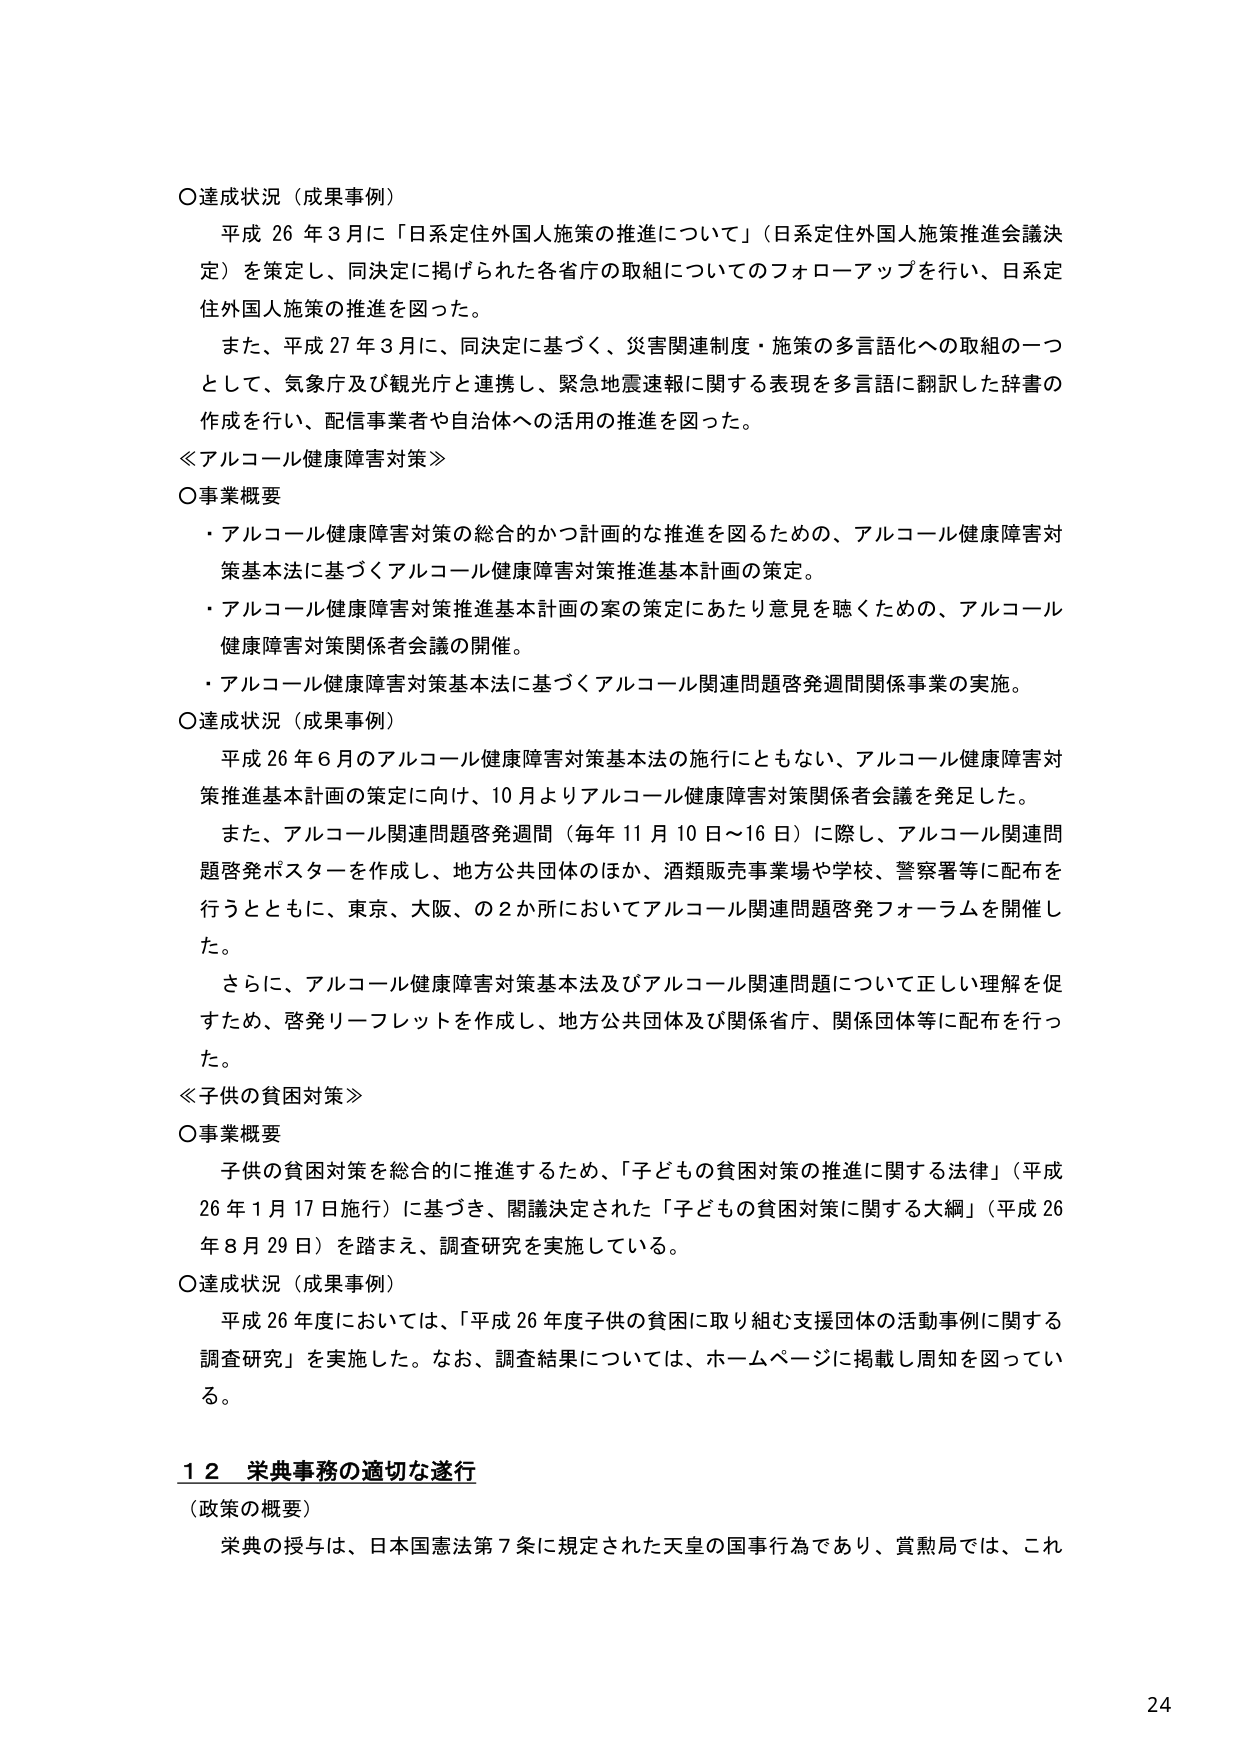
○達成状況（成果事例）
平成26年3月に「日系定住外国人施策の推進について」（日系定住外国人施策推進会議決定）を策定し、同決定に掲げられた各省庁の取組についてのフォローアップを行い、日系定住外国人施策の推進を図った。
また、平成27年3月に、同決定に基づく、災害関連制度・施策の多言語化への取組の一つとして、気象庁及び観光庁と連携し、緊急地震速報に関する表現を多言語に翻訳した辞書の作成を行い、配信事業者や自治体への活用の推進を図った。

≪アルコール健康障害対策≫
○事業概要
・アルコール健康障害対策の総合的かつ計画的な推進を図るための、アルコール健康障害対策基本法に基づくアルコール健康障害対策推進基本計画の策定。
・アルコール健康障害対策推進基本計画の案の策定にあたり意見を聴くための、アルコール健康障害対策関係者会議の開催。
・アルコール健康障害対策基本法に基づくアルコール関連問題啓発週間関係事業の実施。

○達成状況（成果事例）
平成26年6月のアルコール健康障害対策基本法の施行にともない、アルコール健康障害対策推進基本計画の策定に向け、10月よりアルコール健康障害対策関係者会議を発足した。
また、アルコール関連問題啓発週間（毎年11月10日～16日）に際し、アルコール関連問題啓発ポスターを作成し、地方公共団体のほか、酒類販売事業場や学校、警察署等に配布を行うとともに、東京、大阪、の2か所においてアルコール関連問題啓発フォーラムを開催した。
さらに、アルコール健康障害対策基本法及びアルコール関連問題について正しい理解を促すため、啓発リーフレットを作成し、地方公共団体及び関係省庁、関係団体等に配布を行った。

≪子供の貧困対策≫
○事業概要
子供の貧困対策を総合的に推進するため、「子どもの貧困対策の推進に関する法律」（平成26年1月17日施行）に基づき、閣議決定された「子どもの貧困対策に関する大綱」（平成26年8月29日）を踏まえ、調査研究を実施している。

○達成状況（成果事例）
平成26年度においては、「平成26年度子供の貧困に取り組む支援団体の活動事例に関する調査研究」を実施した。なお、調査結果については、ホームページに掲載し周知を図っている。

12 栄典事務の適切な遂行
（政策の概要）
栄典の授与は、日本国憲法第7条に規定された天皇の国事行為であり、賞勲局では、これ

24